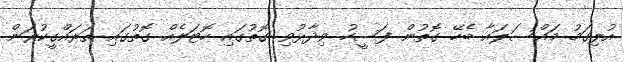
އުލިގަމު މައްސަލައާ ބެހޭ ގޮތުން ފަސީހު ވިދާޅުވި ގޮތުގައި ހޮޓަލެއް ގޮތުގައި ތަރައްގީކުރަން